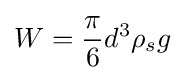
W={\frac {\pi }{6}}d^{3}\rho _{s}g